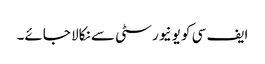
ایف سی کو یونیورسٹی سے نکالا جائے۔